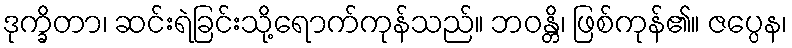
ဒုက္ခိတာ၊ ဆင်းရဲခြင်းသို့ရောက်ကုန်သည်။ ဘဝန္တိ၊ ဖြစ်ကုန်၏။ ဇပ္ပေန၊